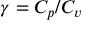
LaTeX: \gamma = C _ { p } / C _ { v }